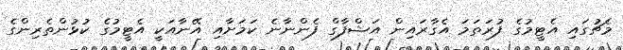
މެޗުގައި އެޓީމުގެ ފުރަތަމަ އެގާރައިން އަޝްފާގް ފެންނާނެ ކަމަށާއި އޭނާއަކީ އެޓީމުގެ ކުޅުންތެރިންގެ